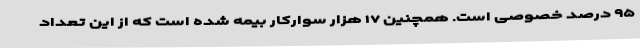
۹۵ درصد خصوصی است. همچنین ۱۷ هزار سوارکار بیمه شده است که از این تعداد